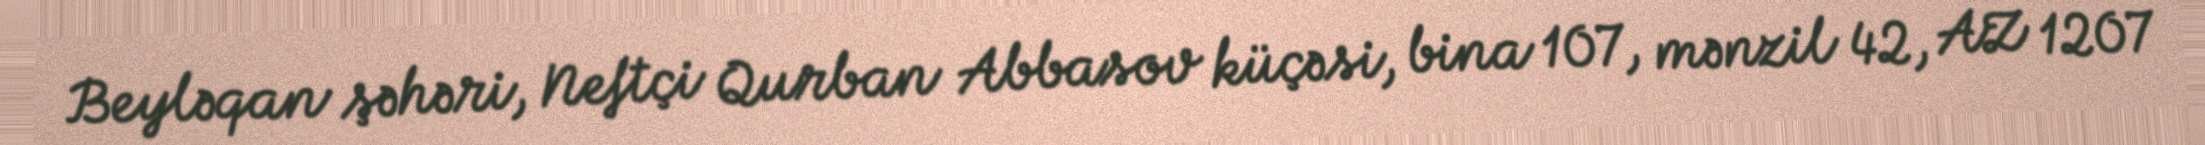
Beyləqan şəhəri, Neftçi Qurban Abbasov küçəsi, bina 107, mənzil 42, AZ 1207